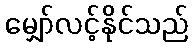
မျှော်လင့်နိုင်သည်